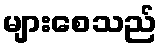
များစေသည်